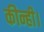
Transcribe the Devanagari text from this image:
कीन्ही।